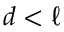
d < \ell